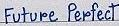
Future Perfect